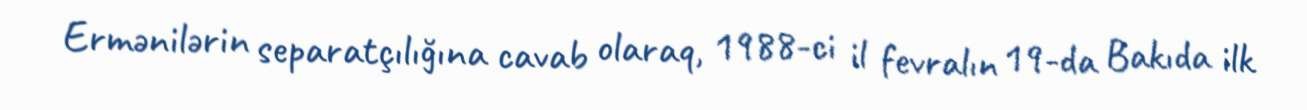
Ermənilərin separatçılığına cavab olaraq, 1988-ci il fevralın 19-da Bakıda ilk